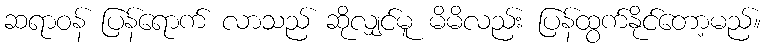
ဆရာဝန် ပြန်ရောက် လာသည် ဆိုလျှင်မူ မိမိလည်း ပြန်ထွက်နိုင်တော့မည်။